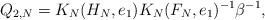
LaTeX: \begin{align*} Q_{2,N} = K_N(H_N,e_1) K_N(F_N,e_1)^{-1} \beta^{-1},\end{align*}